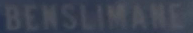
BENSILIMANE